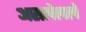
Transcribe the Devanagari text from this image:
असलेलले